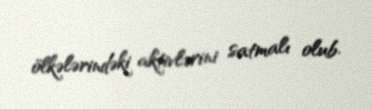
ölkələrindəki aktivlərini satmalı olub.